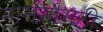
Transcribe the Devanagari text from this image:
मोसमासठी